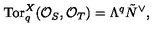
\mathrm { T o r } _ { q } ^ { X } ( { \cal O } _ { S } , { \cal O } _ { T } ) = \Lambda ^ { q } \tilde { N } ^ { \vee } ,